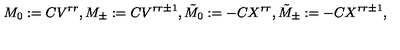
M _ { 0 } : = C V ^ { r r } , M _ { \pm } : = C V ^ { r r \pm 1 } , { \tilde { M } } _ { 0 } : = - C X ^ { r r } , { \tilde { M } } _ { \pm } : = - C X ^ { r r \pm 1 } ,